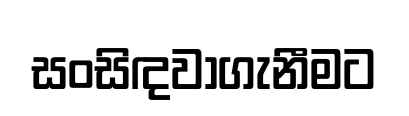
සංසිඳවාගැනීමට